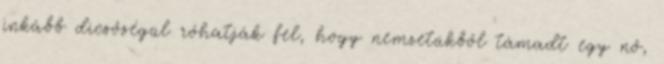
inkább dicsőségül róhatják fel, hogy nemzetükből támadt egy nő,